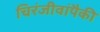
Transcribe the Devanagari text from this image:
चिरंजीवांपैकी